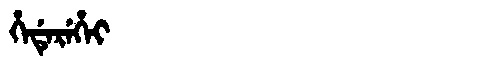
Manchu: ᡥᡝᡩᡝᡵᡝᡥᡝᡳ
Romanization: HEDEREHEI